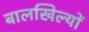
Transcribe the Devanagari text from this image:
बालखिल्यों